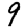
Digit: 9